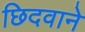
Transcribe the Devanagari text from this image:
छिदवाने